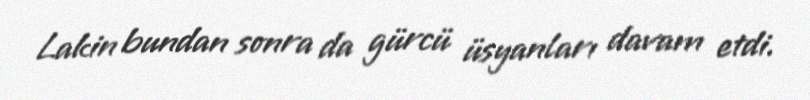
Lakin bundan sonra da gürcü üsyanları davam etdi.